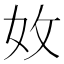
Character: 𡛇